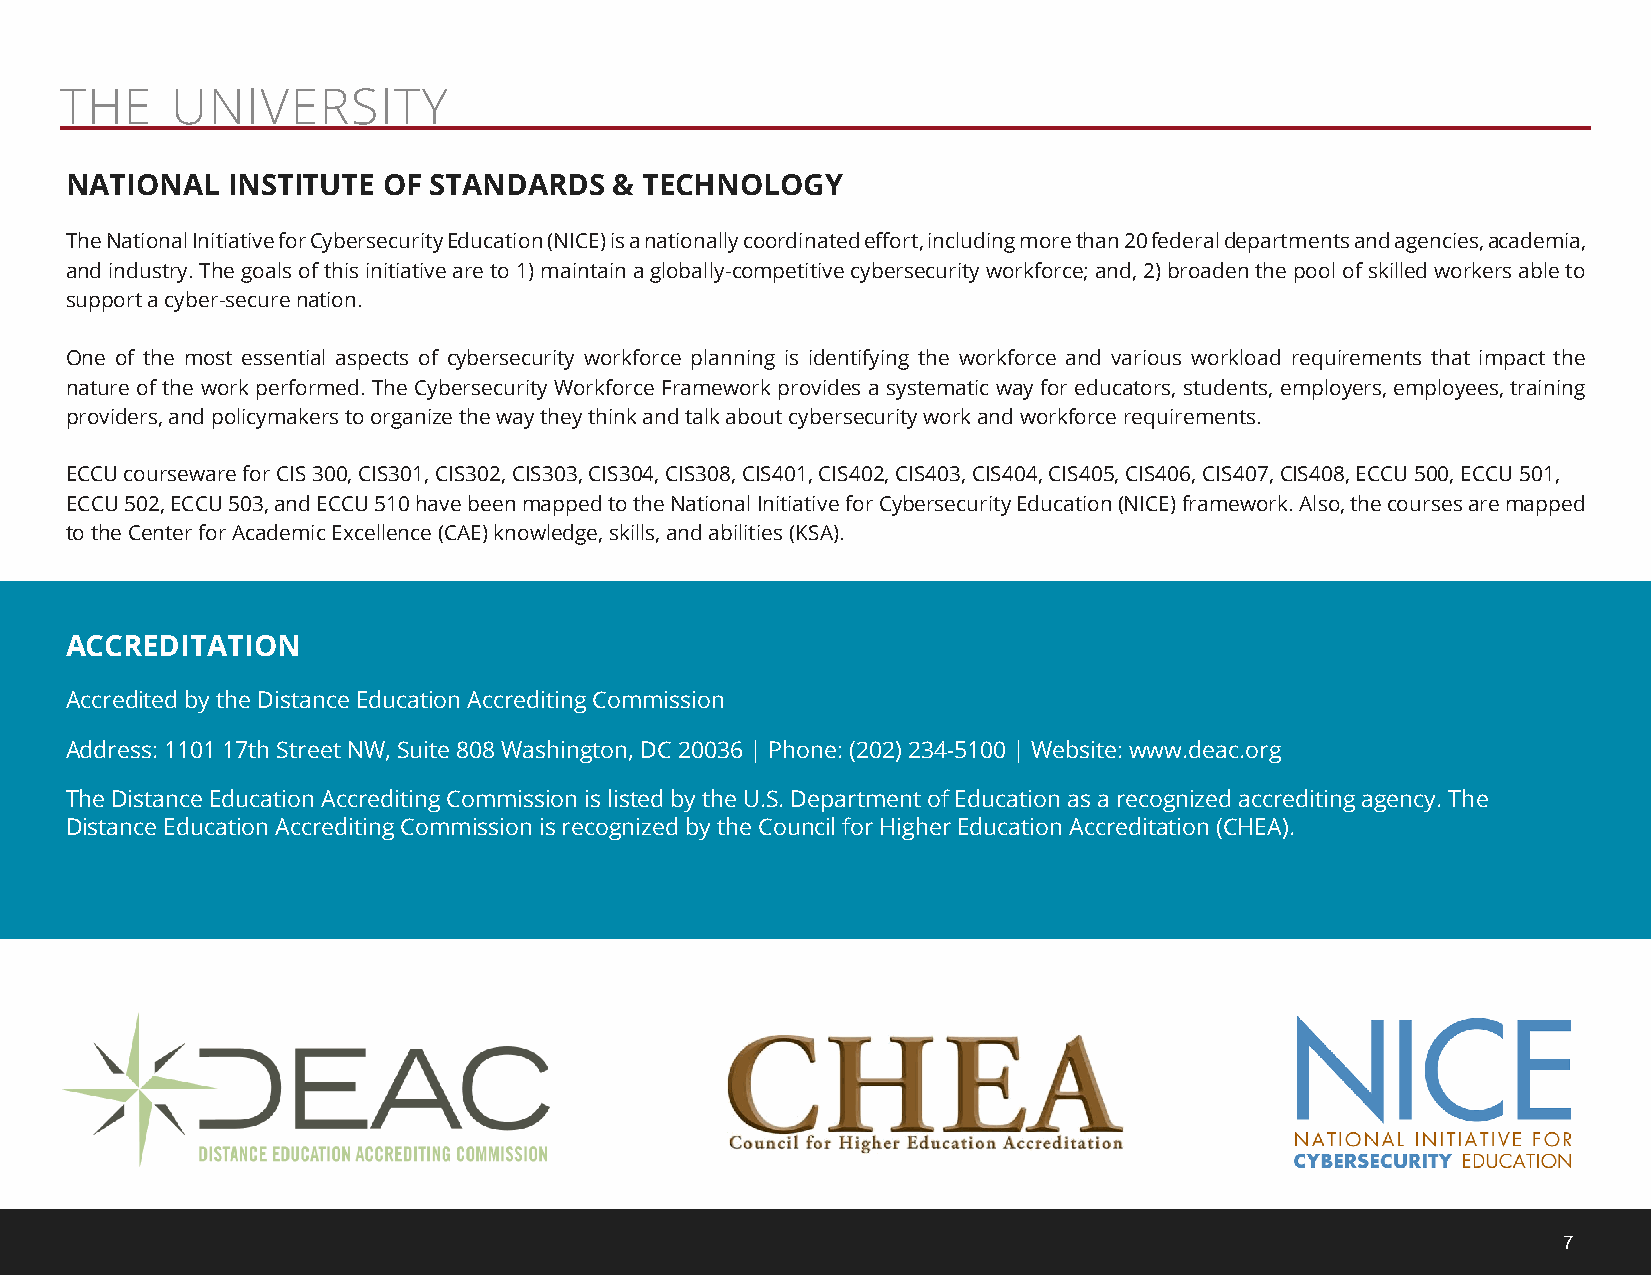
THE    UNIVERSITY
 NATIONAL   INSTITUTE OF STANDARDS    & TECHNOLOGY
 The National Initiative for Cybersecurity Education (NICE) is a nationally coordinated effort, including more than 20 federal departments and agencies, academia,
 and industry. The goals of this initiative are to 1) maintain a globally-competitive cybersecurity workforce; and, 2) broaden the pool of skilled workers able to
 support a cyber-secure nation.
 One of the most essential aspects of cybersecurity workforce planning is identifying the workforce and various workload requirements that impact the
 nature of the work performed. The Cybersecurity Workforce Framework provides a systematic way for educators, students, employers, employees, training
 providers, and policymakers to organize the way they think and talk about cybersecurity work and workforce requirements.
 ECCU courseware for CIS 300, CIS301, CIS302, CIS303, CIS304, CIS308, CIS401, CIS402, CIS403, CIS404, CIS405, CIS406, CIS407, CIS408, ECCU 500, ECCU 501,
 ECCU 502, ECCU 503, and ECCU 510 have been mapped to the National Initiative for Cybersecurity Education (NICE) framework. Also, the courses are mapped
 to the Center for Academic Excellence (CAE) knowledge, skills, and abilities (KSA).
 ACCREDITATION
 Accredited by the Distance Education Accrediting Commission
 Address: 1101 17th Street NW, Suite 808 Washington, DC 20036 | Phone: (202) 234-5100 | Website: www.deac.org
 The Distance Education Accrediting Commission is listed by the U.S. Department of Education as a recognized accrediting agency. The
 Distance Education Accrediting Commission is recognized by the Council for Higher Education Accreditation (CHEA).
 7